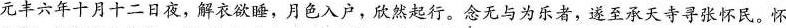
元丰六年十月十二日夜，解衣欲睡，月色入户，欣然起行。念无与为乐者，遂至承天寺寻张怀